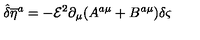
{ \hat { \delta } } { { \overline { { \eta } } } ^ { a } } = - { \mathcal { E } } ^ { 2 } \partial _ { \mu } ( A ^ { a \mu } + B ^ { a \mu } ) \delta \varsigma